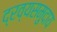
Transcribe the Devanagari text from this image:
द्रव्यसमुदाय